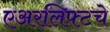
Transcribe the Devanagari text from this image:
एअरलिफ्टचे